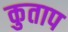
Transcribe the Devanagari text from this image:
कुताप